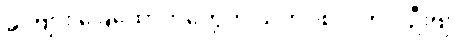
ခင်ဗျား ခြေထောက်တွေကို သုတ်ပစ်လိုက်ပါဦးဗျာ။